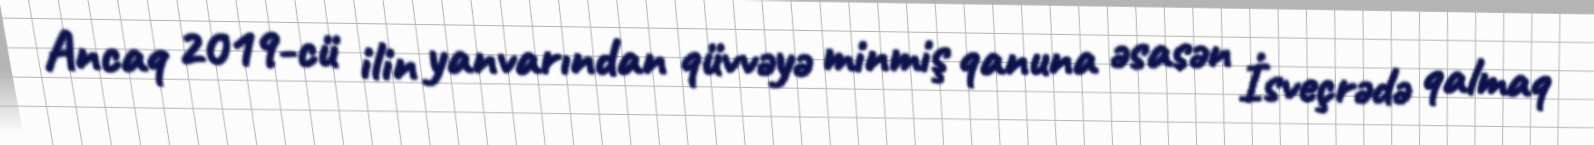
Ancaq 2019-cü ilin yanvarından qüvvəyə minmiş qanuna əsasən İsveçrədə qalmaq